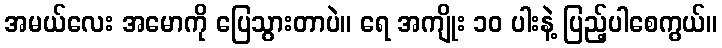
အမယ်လေး အမောကို ပြေသွားတာပဲ။ ရေ အကျိုး ၁၀ ပါးနဲ့ ပြည့်ပါစေကွယ်။